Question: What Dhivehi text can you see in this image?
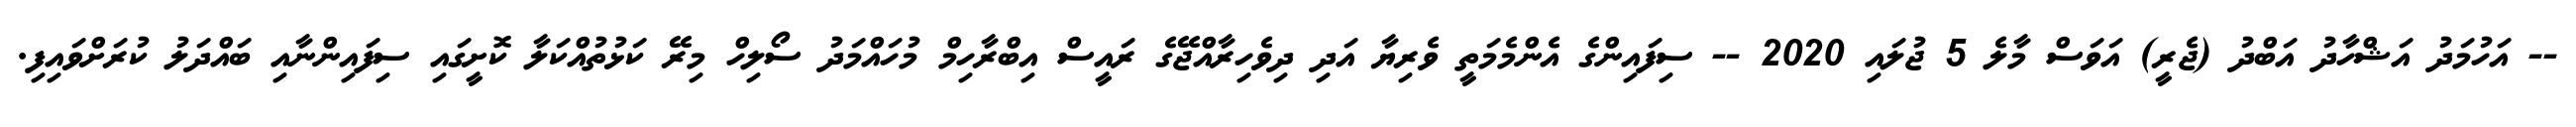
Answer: -- އަހުމަދު އަޝްހާދު އަބްދު (ޖެރީ) އަވަސް މާލެ 5 ޖުލައި 2020 -- ސިފައިންގެ އެންމެމަތީ ވެރިޔާ އަދި ދިވެހިރާއްޖޭގެ ރައީސް އިބްރާހިމް މުހައްމަދު ސޯލިހް މިރޭ ކަޅުތުއްކަލާ ކޮށީގައި ސިފައިންނާއި ބައްދަލު ކުރަށްވައިފި.